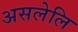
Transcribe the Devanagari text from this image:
असलेलि